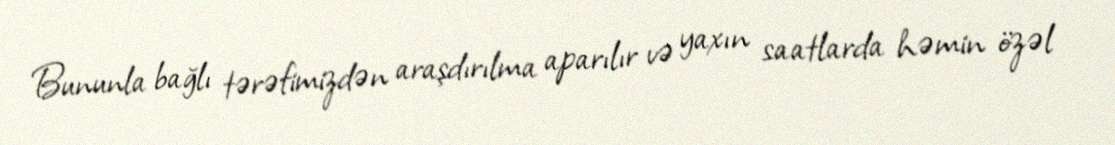
Bununla bağlı tərəfimizdən araşdırılma aparılır və yaxın saatlarda həmin özəl